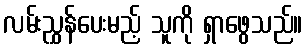
လမ်းညွှန်ပေးမည့် သူကို ရှာဖွေသည်။